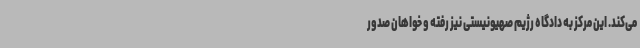
می‌کند. این مرکز به دادگاه رژیم صهیونیستی نیز رفته و خواهان صدور